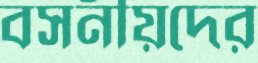
বসনীয়দের